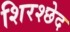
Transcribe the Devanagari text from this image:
शिरश्छेद